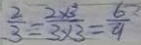
\frac { 2 } { 3 } = \frac { 2 \times 3 } { 3 \times 3 } = \frac { 6 } { 9 }